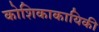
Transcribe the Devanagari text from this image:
कोशिकाकायिकी